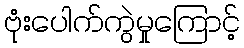
ဗုံးပေါက်ကွဲမှုကြောင့်